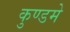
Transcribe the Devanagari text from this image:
कुण्डमे